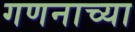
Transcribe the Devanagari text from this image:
गणनाच्या